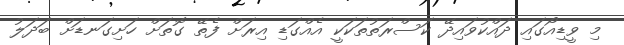
މި ވީޑިއޯގައި ދައްކުވައިދޭ ކަސްރަތުތަކަކީ އެއްގަޑި އިރަށް ފެތޭ ގޮތަށް ހަށިގަނޑަށް ބަދަލު